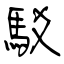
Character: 駁